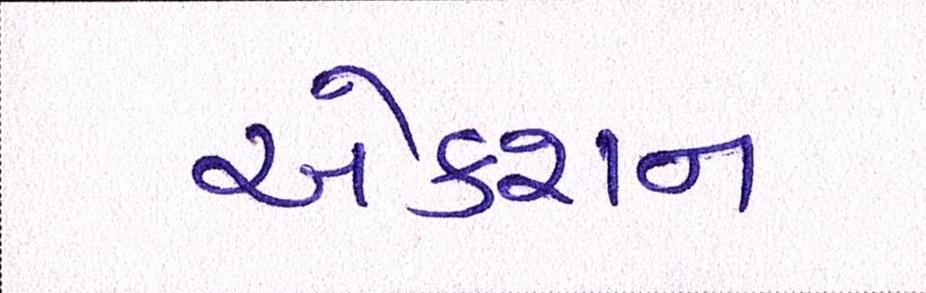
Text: એક્શન